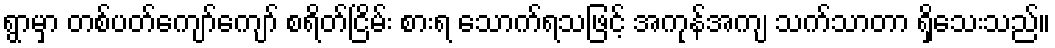
ရွာမှာ တစ်ပတ်ကျော်ကျော် စရိတ်ငြိမ်း စားရ သောက်ရသဖြင့် အကုန်အကျ သက်သာတာ ရှိသေးသည်။